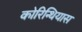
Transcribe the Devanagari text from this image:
कोरिन्थियास